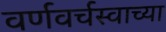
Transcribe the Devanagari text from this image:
वर्णवर्चस्वाच्या